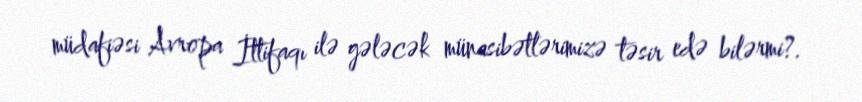
müdafiəsi Avropa İttifaqı ilə gələcək münasibətlərimizə təsir edə bilərmi?.